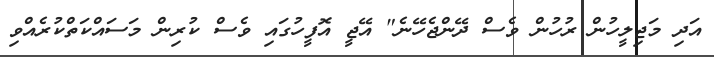
އަދި މަޖިލީހުން ރުހުން ވެސް ދޭންޖެހޭނެ" އޭޖީ އޮފީހުގައި ވެސް ކުރިން މަސައްކަތްކުރެއްވި